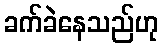
ခက်ခဲနေသည်ဟု